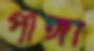
পাঙ্গা